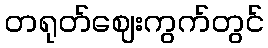
တရုတ်ဈေးကွက်တွင်